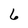
Character: 6